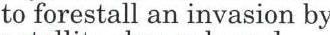
to forestall an invasion by